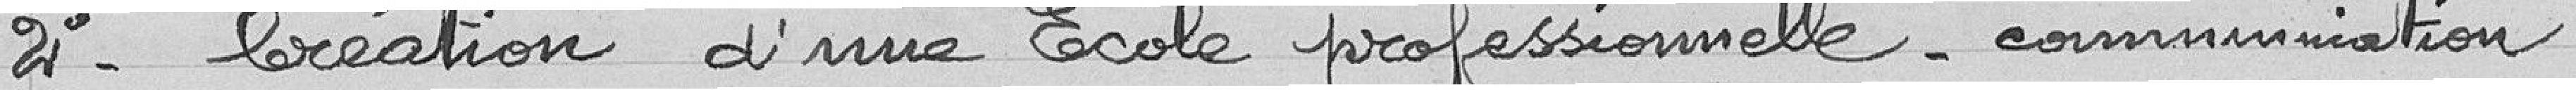
2- Création d'une école professionnelle - communication